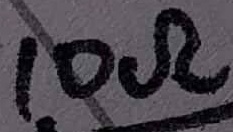
Text: 10Ω